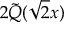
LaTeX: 2 { \tilde { Q } } ( { \sqrt { 2 } } x )